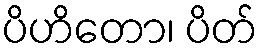
ပိဟိတော၊ ပိတ်